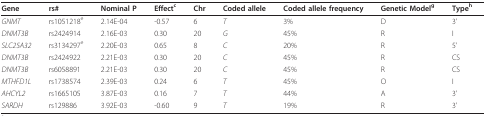
<table><thead><tr><td><b>Gene</b></td><td><b>rs#</b></td><td><b>Nominal P</b></td><td><b>Effect<sup>c</sup></b></td><td><b>Chr</b></td><td><b>Coded allele</b></td><td><b>Coded allele frequency</b></td><td><b>Genetic Model<sup>g</sup></b></td><td><b>Type<sup>h</sup></b></td></tr></thead><tbody><tr><td><i>GNMT</i></td><td>rs1051218<sup>e</sup></td><td>2.14E-04</td><td>-0.57</td><td>6</td><td><i>T</i></td><td>3%</td><td>D</td><td>3&#x27;</td></tr><tr><td><i>DNMT3B</i></td><td>rs2424914</td><td>2.16E-03</td><td>0.30</td><td>20</td><td><i>G</i></td><td>45%</td><td>R</td><td>I</td></tr><tr><td><i>SLC25A32</i></td><td>rs3134297<sup>e</sup></td><td>2.20E-03</td><td>0.65</td><td>8</td><td><i>C</i></td><td>20%</td><td>R</td><td>5&#x27;</td></tr><tr><td><i>DNMT3B</i></td><td>rs2424922</td><td>2.21E-03</td><td>0.30</td><td>20</td><td><i>C</i></td><td>45%</td><td>R</td><td>CS</td></tr><tr><td><i>DNMT3B</i></td><td>rs6058891</td><td>2.21E-03</td><td>0.30</td><td>20</td><td><i>C</i></td><td>45%</td><td>R</td><td>CS</td></tr><tr><td><i>MTHFD1L</i></td><td>rs1738574</td><td>2.39E-03</td><td>0.24</td><td>6</td><td><i>T</i></td><td>45%</td><td>O</td><td>I</td></tr><tr><td><i>AHCYL2</i></td><td>rs1665105</td><td>3.87E-03</td><td>0.16</td><td>7</td><td><i>T</i></td><td>44%</td><td>A</td><td>3&#x27;</td></tr><tr><td><i>SARDH</i></td><td>rs129886</td><td>3.92E-03</td><td>-0.60</td><td>9</td><td><i>T</i></td><td>19%</td><td>R</td><td>3&#x27;</td></tr></tbody></table>